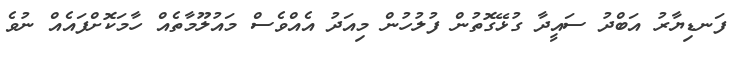
ފަނޑިޔާރު އަބްދު ސައީދާ ގުޅޭގޮތުން ފުލުހުން މިއަދު އެއްވެސް މައުލޫމާތެއް ހާމަކޮށްފައެއް ނުވެ